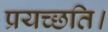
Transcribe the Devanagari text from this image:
प्रयच्छति।